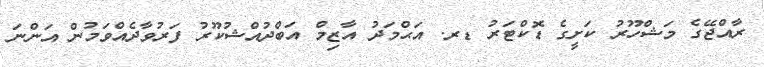
ރާއްޖޭގެ މަޝްހޫރު ކަށީގެ ޑޮކްޓަރު ޑރ. އަޙްމަދު އާޒިމް އަބްދުއްޝުކޫރު ފަރުވާދެއްވަމުން އަންނަ